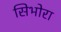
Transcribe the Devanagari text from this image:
सिभोरा